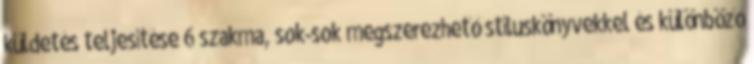
küldetés teljesítése 6 szakma, sok-sok megszerezhető stíluskönyvekkel és különböző